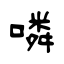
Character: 噒